65_HS1-834228961_62-HQ-83894_Section_8
Agency: FBI
Page 204
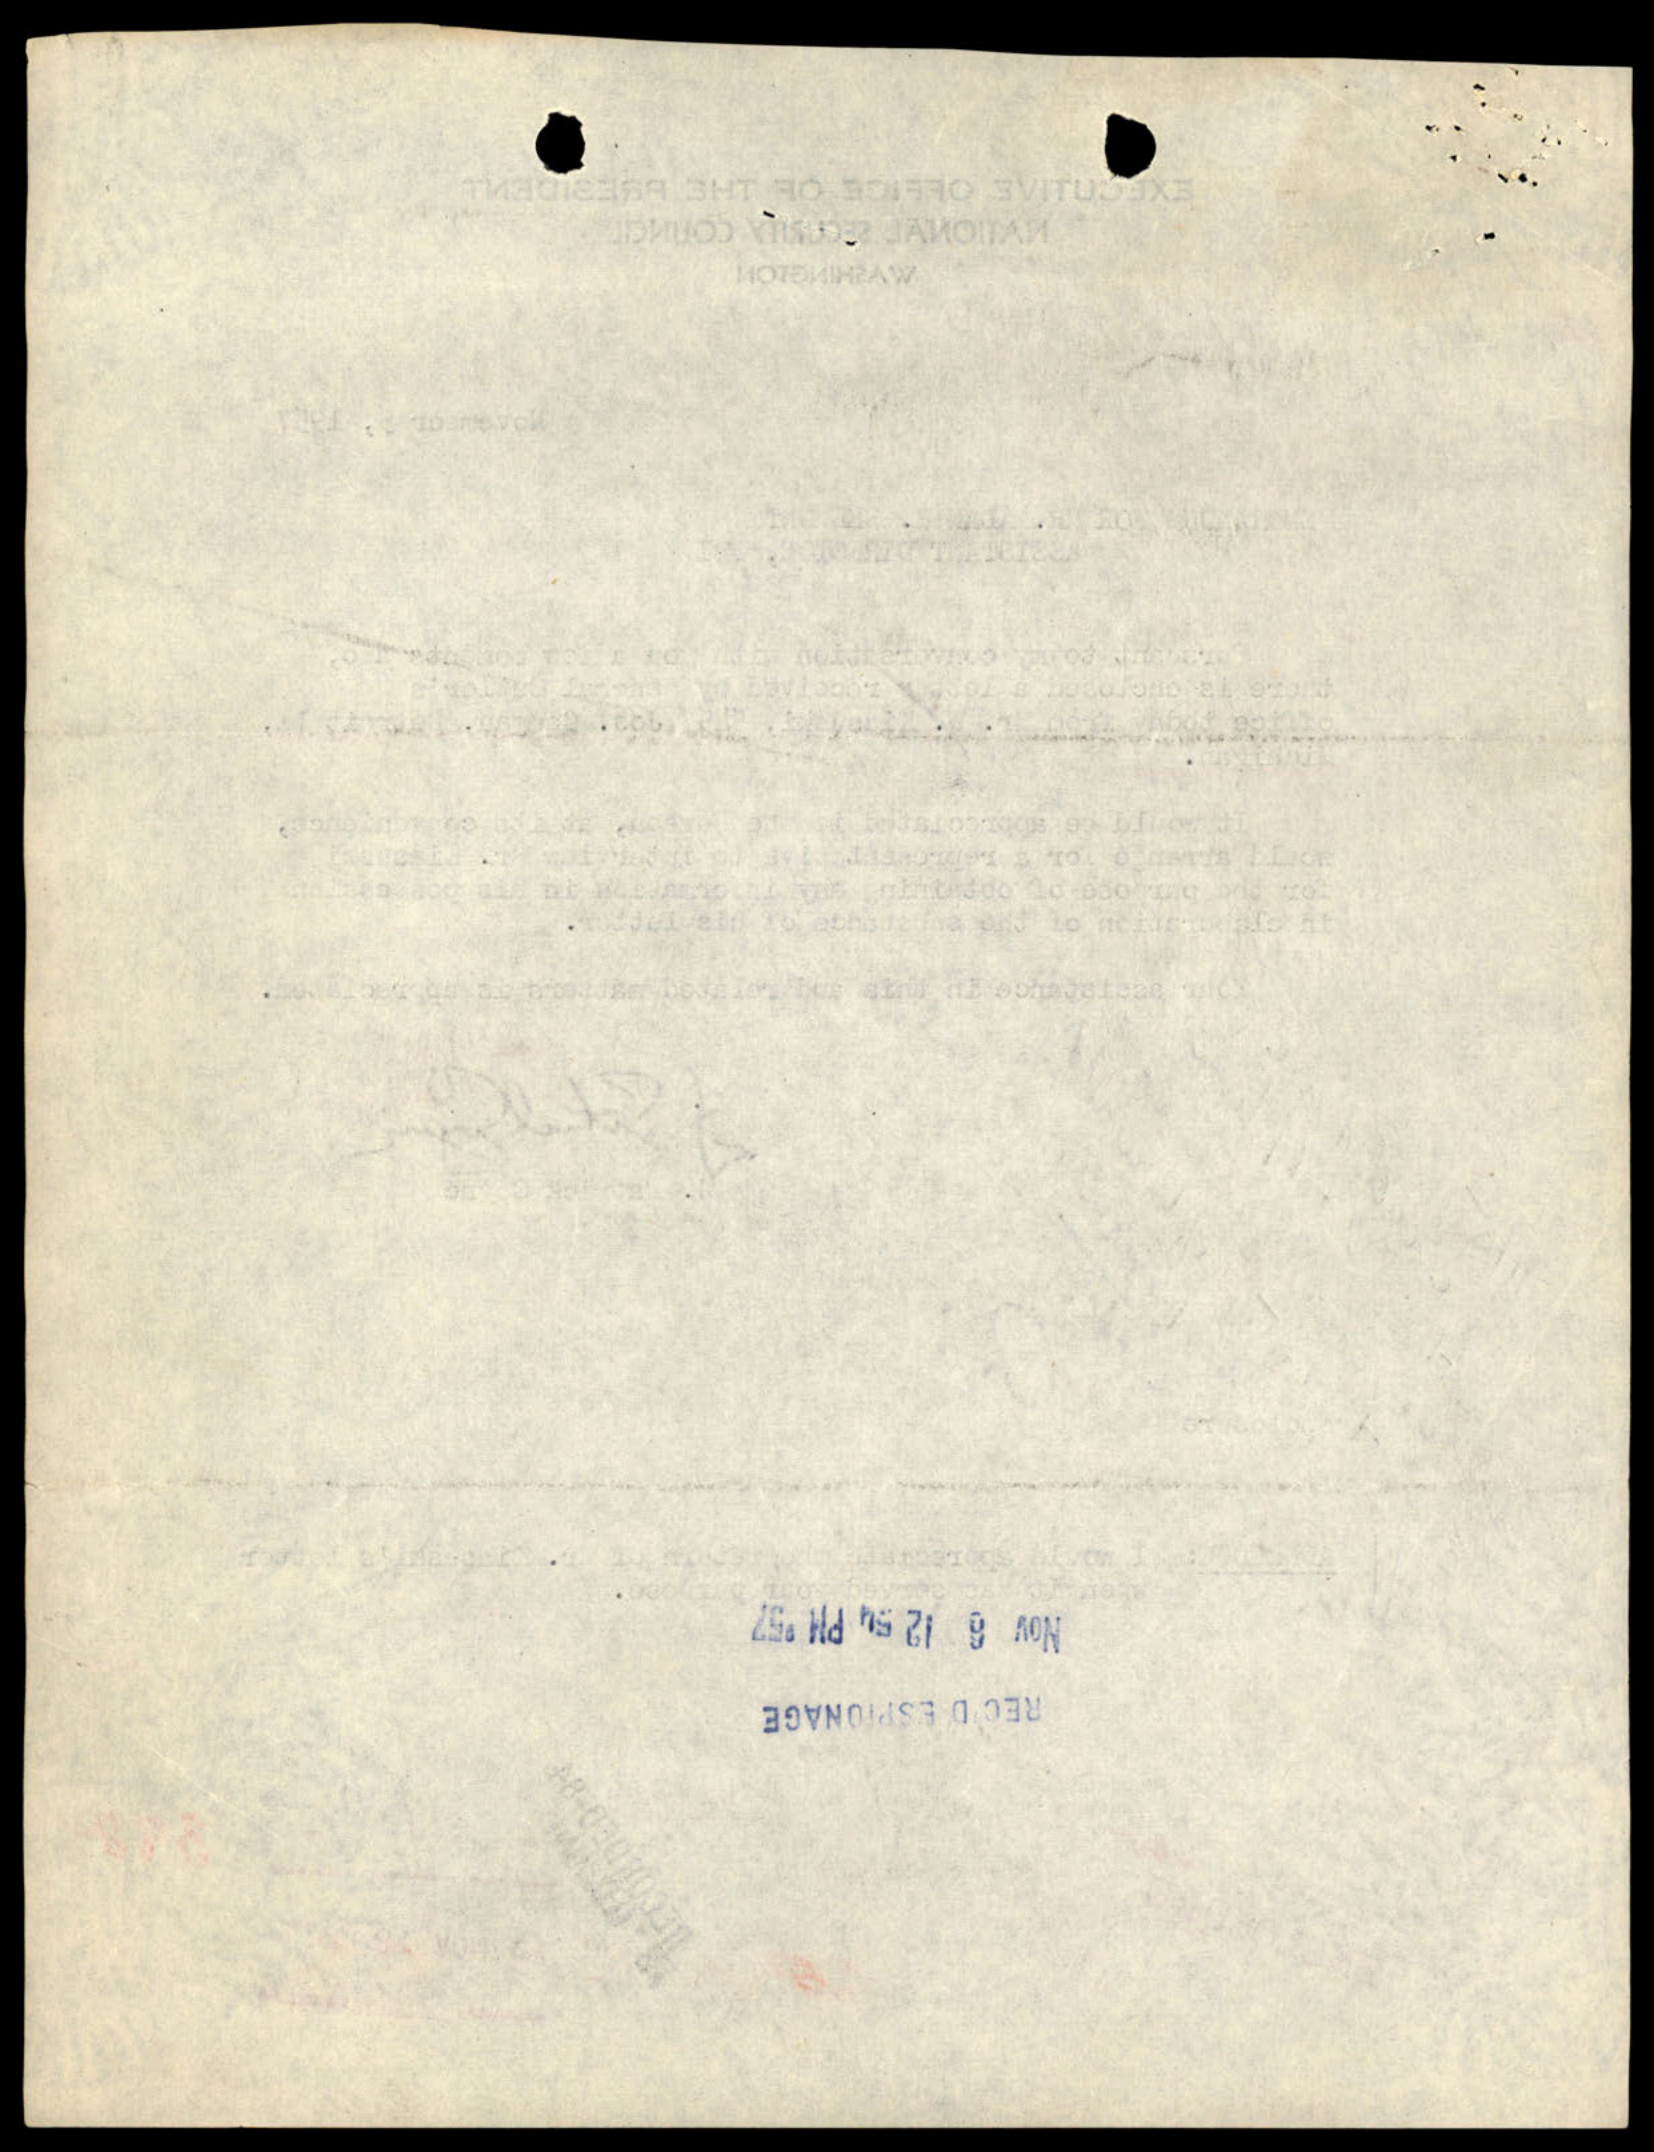